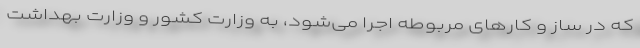
که در ساز و کارهای مربوطه اجرا می‌شود، به وزارت کشور و وزارت بهداشت